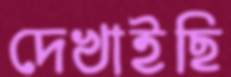
দেখাইছি